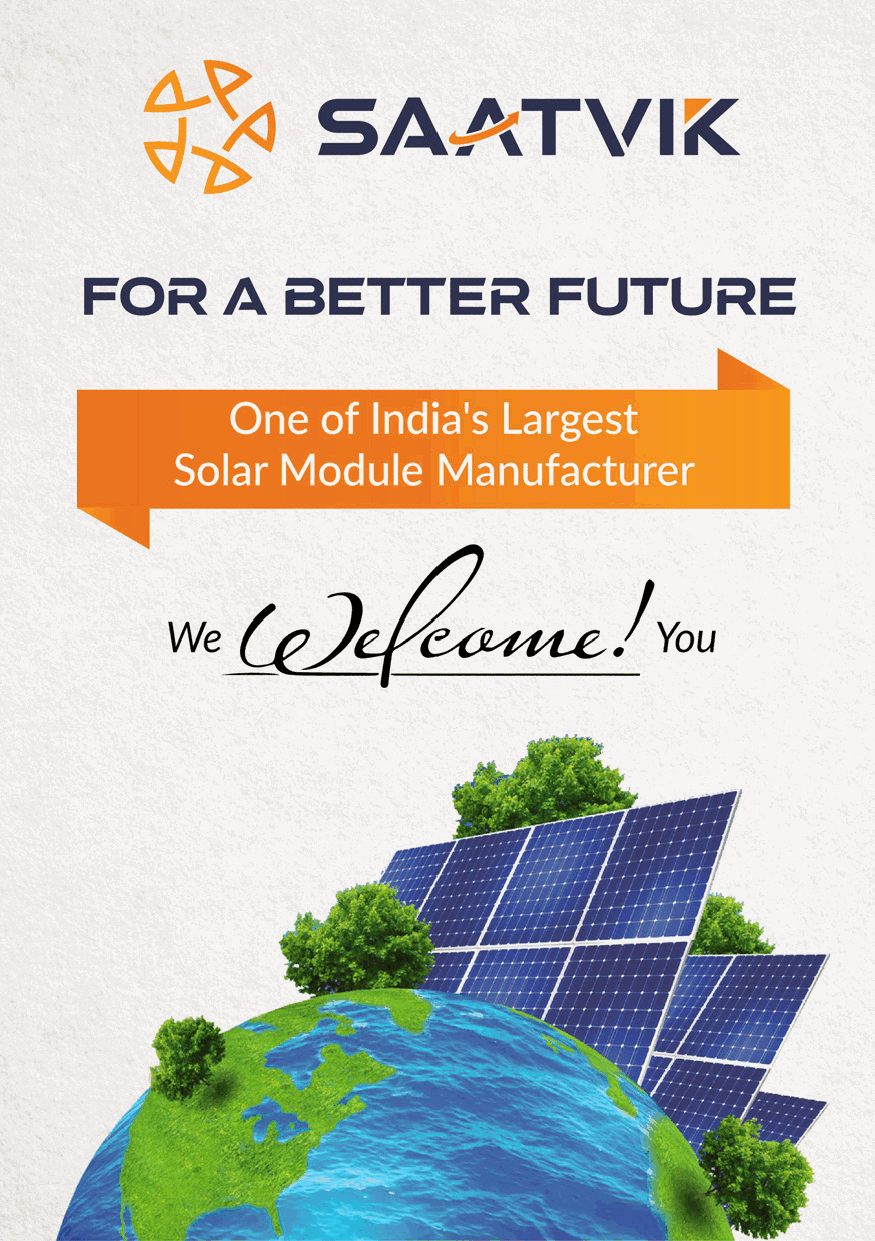
THANK      YOU     PARTNERS
 Partner Country Premium Partner Supported By
 Mono Module Partner Lanyard Partner Badge Partner Technology Partner
 Associate Partner Visitor Bag Partner VIP Lounge Partner Solar Module Partner
 Solar Turnkey Solar Commercial Conference
 Solu�on Partner & Industrial Partner Session Partner
 E-Mobility Partner Official Facilitator
 Onsite Branding Partners
 Exhibit Partners
 Suppor�ng Associa�ons
 Media Partners